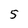
Character: 5